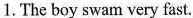
1.The boy swam very fast.